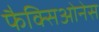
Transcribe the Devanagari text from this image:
फैक्सिओनेस